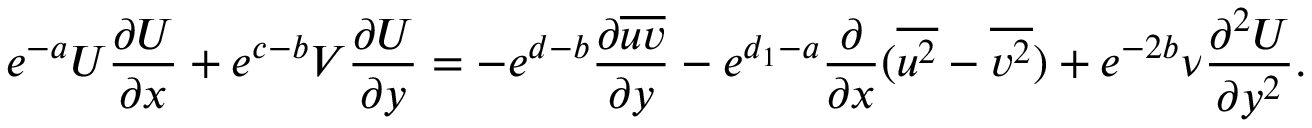
e ^ { - a } U \frac { \partial U } { \partial x } + e ^ { c - b } V \frac { \partial U } { \partial y } = - e ^ { d - b } \frac { \partial { \overline { { u v } } } } { \partial { y } } - e ^ { d _ { 1 } - a } \frac { \partial } { \partial x } ( \overline { { u ^ { 2 } } } - \overline { { v ^ { 2 } } } ) + e ^ { - 2 b } \nu \frac { \partial ^ { 2 } U } { \partial y ^ { 2 } } .